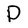
Character: P